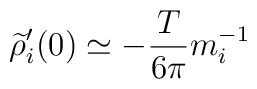
\widetilde{\rho }_{i}^{\prime }(0)\simeq -{\frac{T}{6\pi }}m_{i}^{-1}